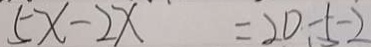
5 x - 2 x = 2 0 - 5 - 2